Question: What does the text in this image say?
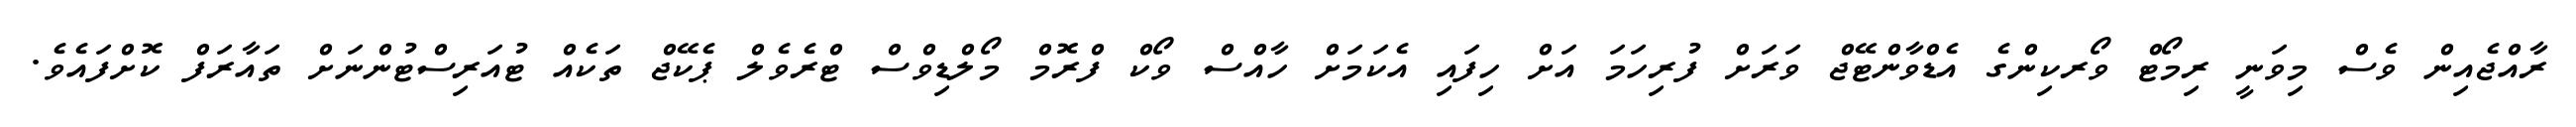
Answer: ރާއްޖެއިން ވެސް މިވަނީ ރިމޯޓް ވޯރކިންގެ އެޑްވާންޓޭޖް ވަރަށް ފުރިހަމަ އަށް ހިފައި އެކަމަށް ހާއްސް ވޯކް ފްރޮމް މޯލްޑިވްސް ޓްރެވެލް ޕެކޭޖް ތަކެއް ޓުއަރިސްޓުންނަށް ތައާރަފް ކޮށްފައެވެ.